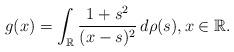
LaTeX: \begin{align*} g(x)=\int_{\mathbb{R}}\frac{1+s^{2}}{(x-s)^{2}}\, d\rho(s),x\in\mathbb{R}.\end{align*}